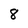
Character: 8